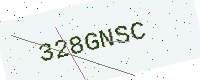
Text: 328GNSC